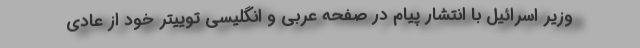
وزیر اسرائیل با انتشار پیام در صفحه عربی و انگلیسی توییتر خود از عادی